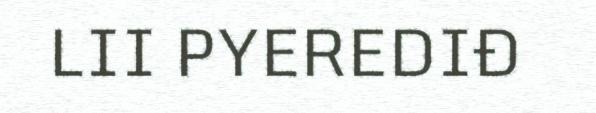
LII PYEREDIĐ